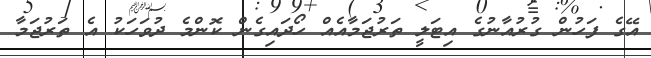
އޭގެ ފަހުން ގުރުއާނުގެ އިޓަލީ ތަރުޖަމާއެއް ހޯދައިގެން ކޮންމެ ދުވަހަކު އެ ތަރުޖަމާ